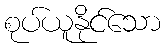
စုပ်ယူနိုင်သော